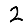
Digit: 2